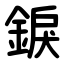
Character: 錑